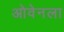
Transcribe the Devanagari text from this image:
ओवेनला